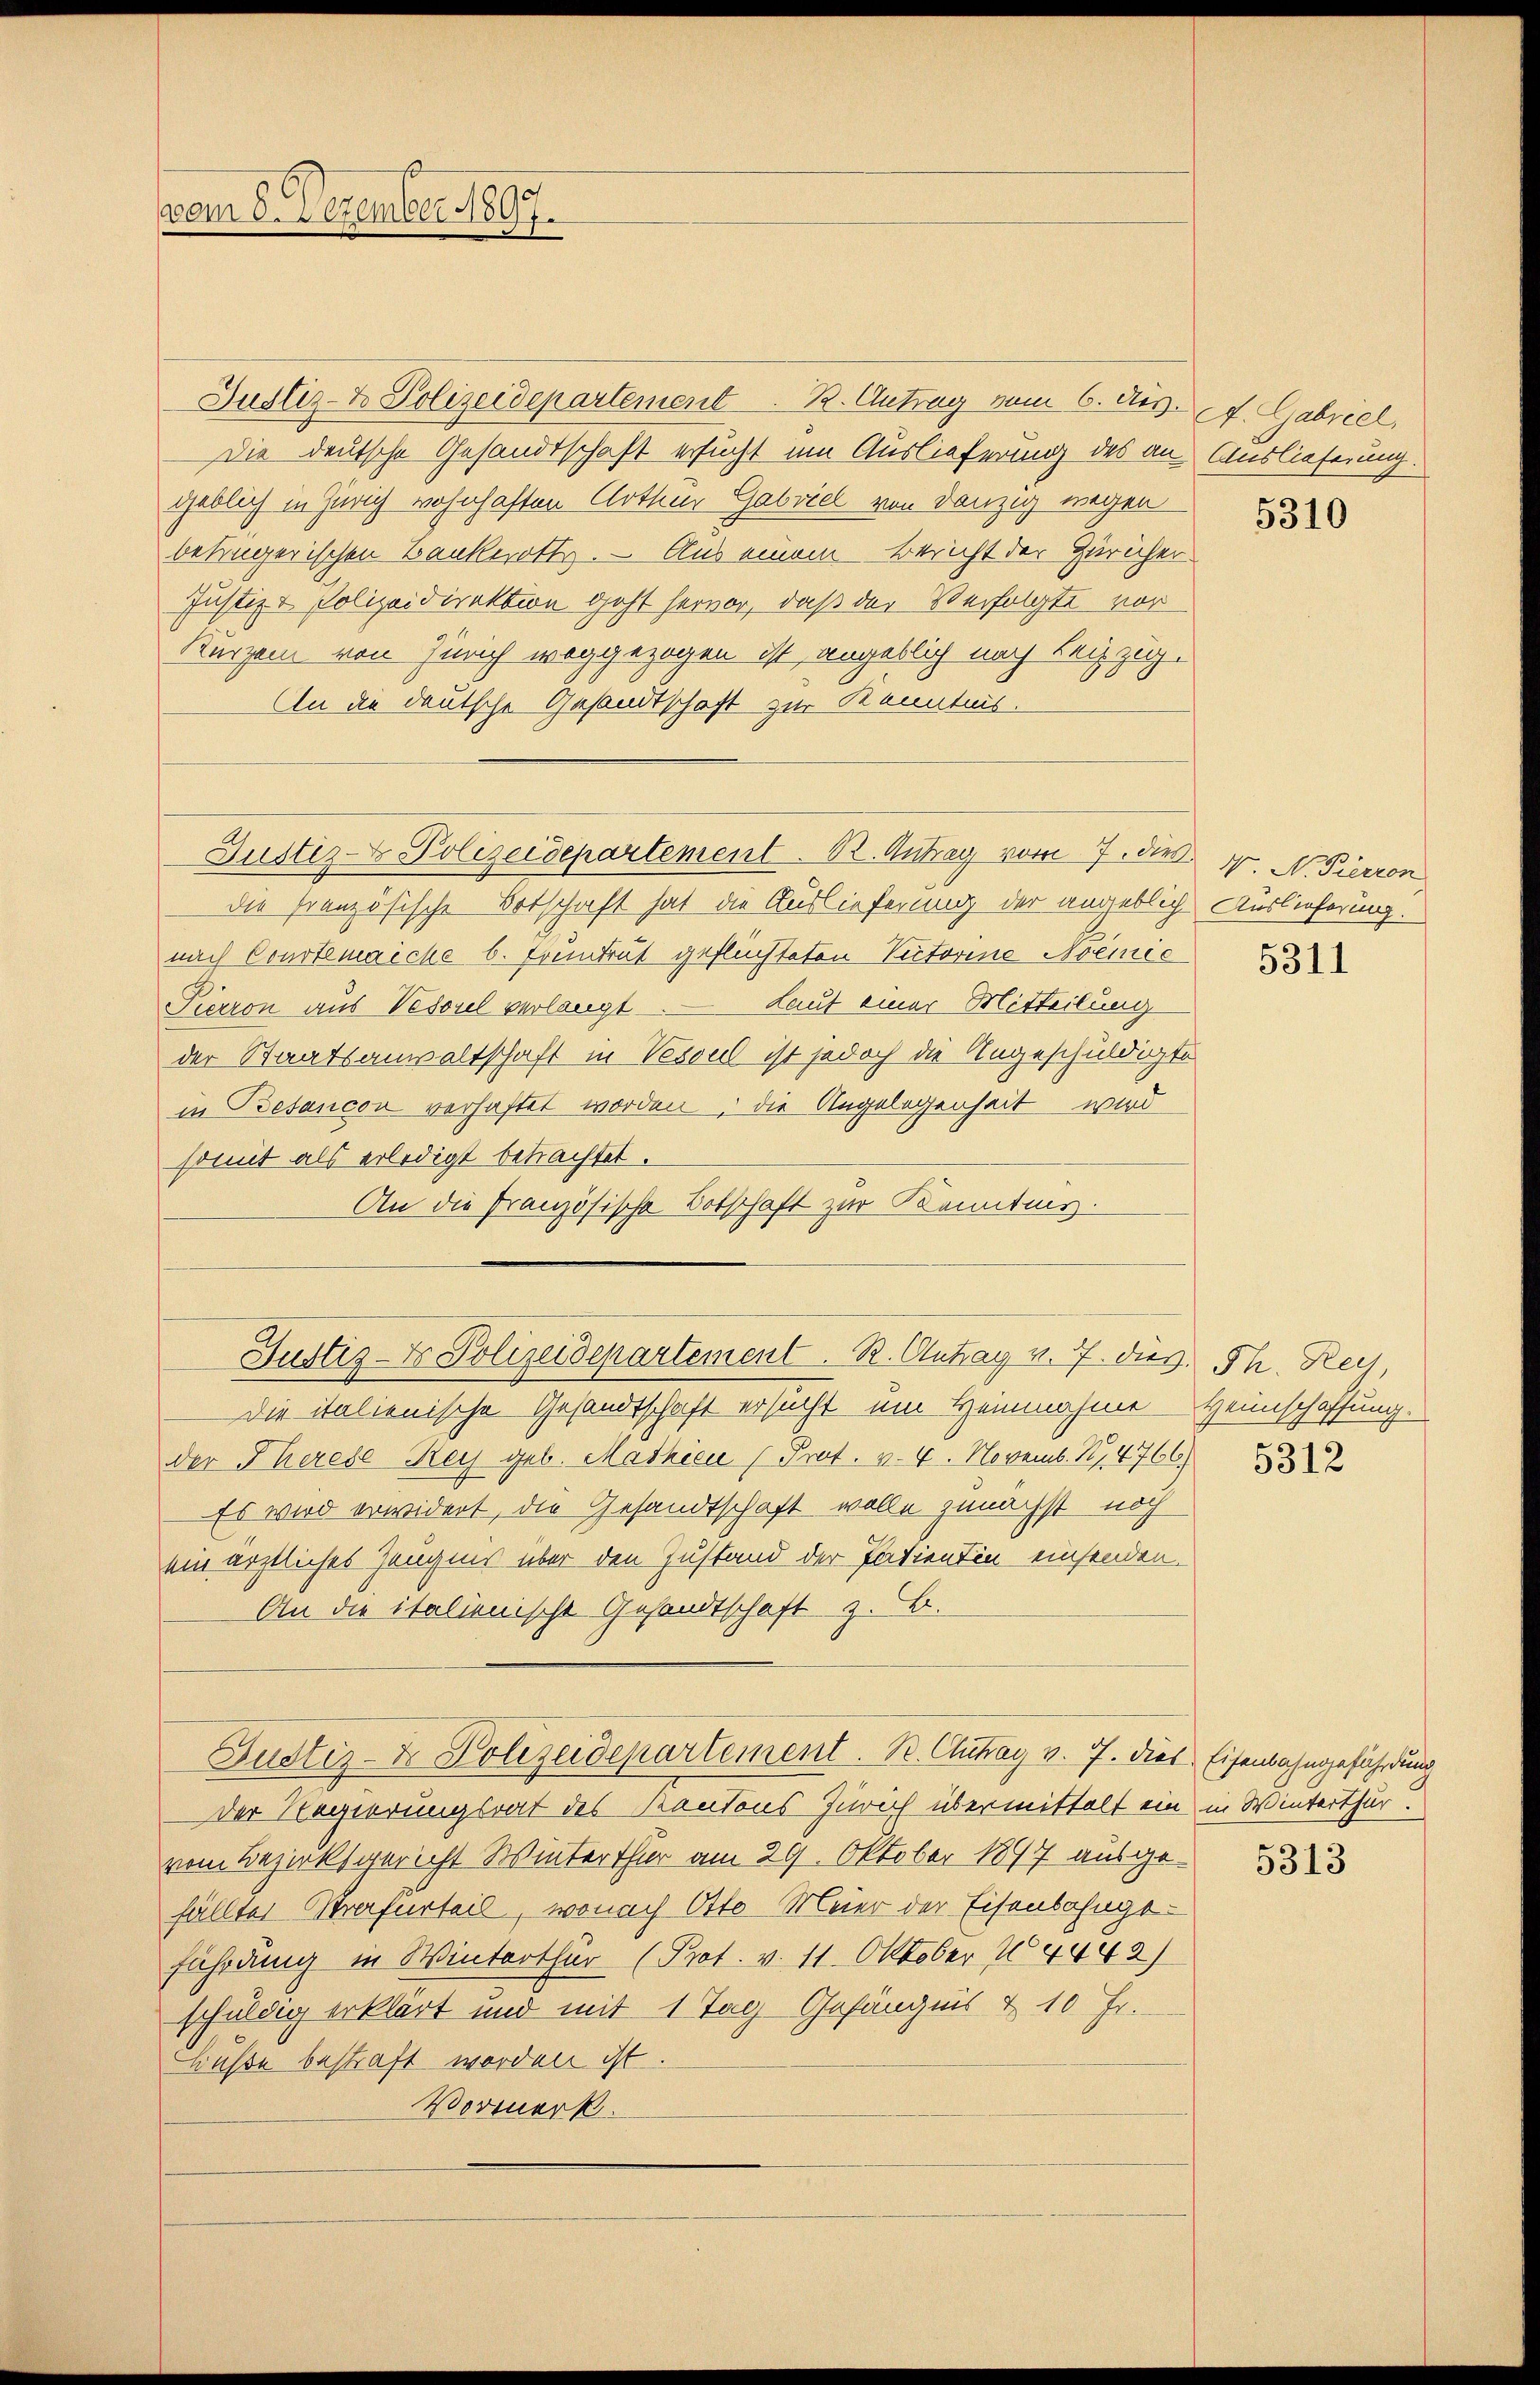
vom 8. Dezember 1897.

Justiz- & Polizeidepartement. B. Antrag vom 6. Aug. f. Gabriel
Die deutsche Gesandtschaft ersucht um Auslieferung des an Auslieferung.
geblich in Zürich wohnhaften Nothur Gabviel von Danzig wegen
betrügerischen Bankerott. — Aus einem Bericht der Züricher.
Justiz & Polizeidirektion geht hervor, daß der Verfolgte vor
Kurzem von Zürich weggezogen ist, angeblich nach Leipzig.
An die deutsche Gesandtschaft zur Kenntnis.

Justiz- & Polizeidepartement. B. Antrag vom 7. den N. N. Pierron

Justiz- & Polizeidepartement. R. Antrag v. 7. des Th. Rey,

die französische Botschaft hat die Auslieferung der angeblich Auslieferung.
nach Courtenaiche b. Pruntrut geflüchteten Victorine Noemie
Lauf einer Mitteilung
Pierron aus Vesoul verlangt
der Staatsanwaltschaft in Vesoul ist jedoch die Angeschuldigte
in Besancon verhaftet worden, die Angelegenheit wird
somit als erledigt betrachtet.
An die französische Botschaft zur Kenntnis.

Die italienische Gesandtschaft ersucht ein Heinnahme Heimschaffung.
der Therese Reis geb. Mathicu (Prot. v. 4. Novemb. S. 4766)
Es wird erwidert, die Gesandtschaft wolle zunächst noch
ein ärztliches Zeugnis über den Zustand der Patienten einsenden.
An die italienische Gesandtschaft z. B.

Der Regierungsrat des Kantons Zürich übermittelt ein in Winterthur
vom Bezirksgericht Winterthur am 29. Oktober 1897 ausge-
fällte Strafurteil, wonach Otto Meier der Eisenbahngefährdung in Winterthur (Prot. v. 11. Oktober 14442)
schuldig erklärt und mit 1 Tag Gefängnis & 10 Fr.
Buße bestraft worden ist.
Vormerk.

Justiz- & Polizeidepartement. B. Chray v. 7. dies Eisenbahngefährdung

5310

5311

5312

5313